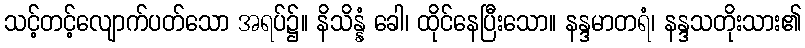
သင့်တင့်လျောက်ပတ်သော အရပ်၌။ နိသိန္နံ ခေါ၊ ထိုင်နေပြီးသော။ နန္ဒမာတရံ၊ နန္ဒသတိုးသား၏